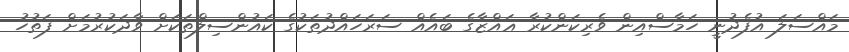
މައްސަލަ އުފެދުނީ ހަމާސްއިން ވެރިކަންކުރާ ޣައްޒާގެ ބައެއް ސަރަހައްދުތަކުގެ ކައުންސިލްތަކަށް ވާދަކުރުމަށް ފަތުހު